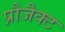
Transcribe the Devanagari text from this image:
प्रौजैक्ट